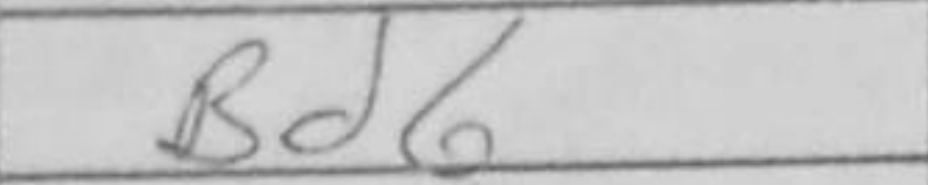
Transcription: Bd6